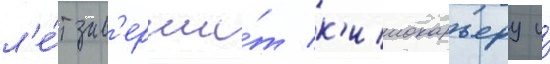
л'е́т зав'ерши́т к'инокарьеру и́